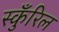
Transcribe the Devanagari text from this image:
स्कुँरिल